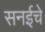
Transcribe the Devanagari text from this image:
सनईचे